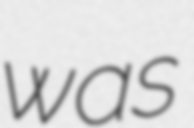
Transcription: was